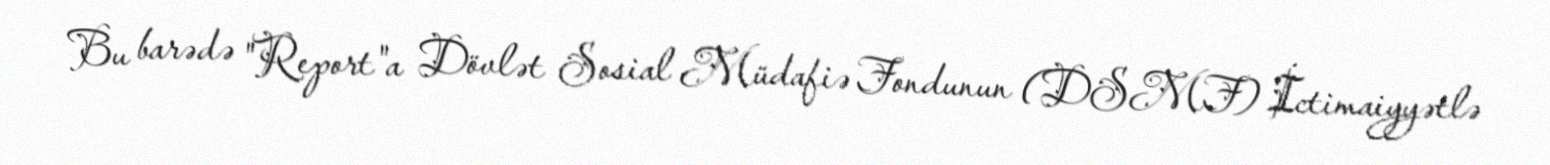
Bu barədə "Report"a Dövlət Sosial Müdafiə Fondunun (DSMF) İctimaiyyətlə